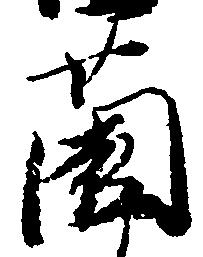
薗